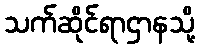
သက်ဆိုင်ရာဌာနသို့